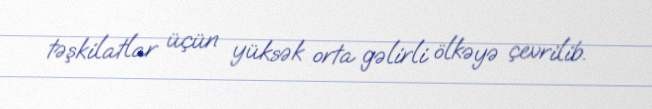
təşkilatlar üçün yüksək orta gəlirli ölkəyə çevrilib.